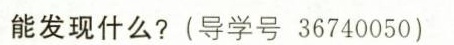
能发现什么?(导学号36740050)